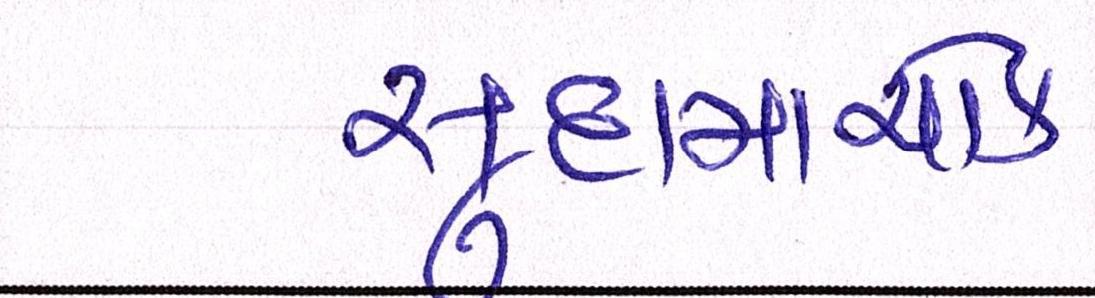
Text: સુદામાચોક